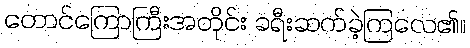
တောင်ကြောကြီးအတိုင်း ခရီးဆက်ခဲ့ကြလေ၏။